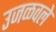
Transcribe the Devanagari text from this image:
उजळवले